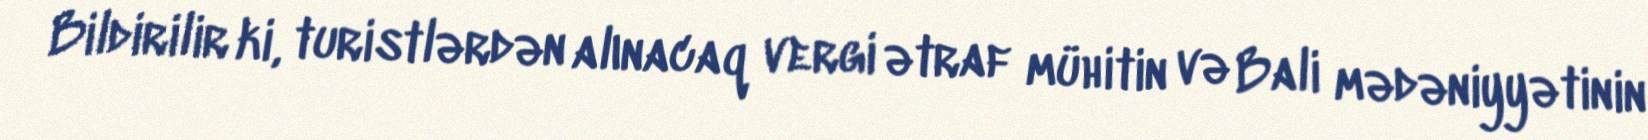
Bildirilir ki, turistlərdən alınacaq vergi ətraf mühitin və Bali mədəniyyətinin